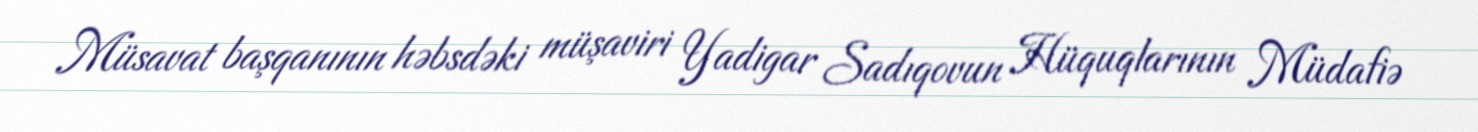
Müsavat başqanının həbsdəki müşaviri Yadigar Sadıqovun Hüquqlarının Müdafiə